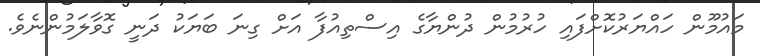
މައުމޫން ހައްޔަރުކޮށްފައި ހުރުމުން ދުންޔާގެ އިސްތިއުފާ އަށް ގިނަ ބަޔަކު ދަނީ ގޮވާލަމުންނެވެ.